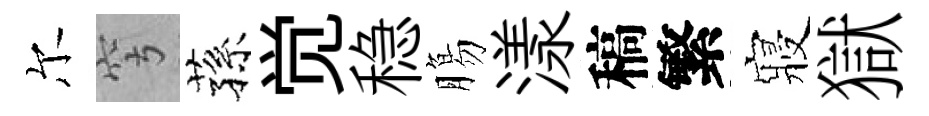
尔穹蓀觉稳膓漾稿繁寢獄